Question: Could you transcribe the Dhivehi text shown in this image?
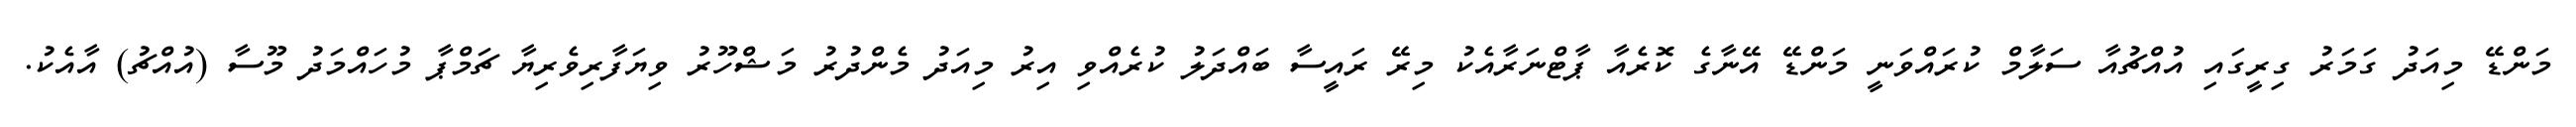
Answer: މަންޑޭ މިއަދު ގަމަރު ގިރީގައި އުއްޗުއާ ސަލާމް ކުރައްވަނީ މަންޑޭ އޭނާގެ ކޮރެއާ ޕާޓްނަރާއެކު މިރޭ ރައީސާ ބައްދަލު ކުރެއްވި އިރު މިއަދު މެންދުރު މަޝްހޫރު ވިޔަފާރިވެރިޔާ ޗަމްޕާ މުހައްމަދު މޫސާ (އުއްޗު) އާއެކު.